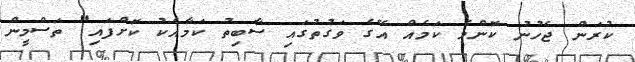
ކުރަން ޖެހުނު ކޮންމެ ކަމެއް އޭގެ ވަގުތުގައި ސާބިތު ކަމާއެކު ކޮށްފައި" ތަސްމީން